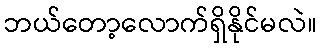
ဘယ်တော့လောက်ရှိနိုင်မလဲ။